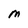
Character: M